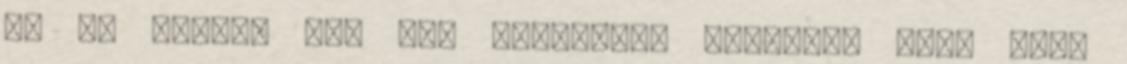
és mi csinál nem van bármilyen vezérlés vége azok